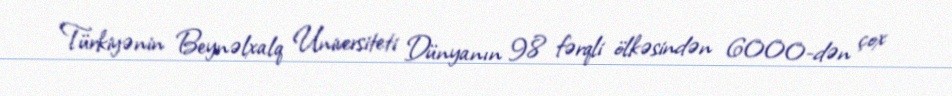
Türkiyənin Beynəlxalq Universiteti Dünyanın 98 fərqli ölkəsindən 6000-dən çox